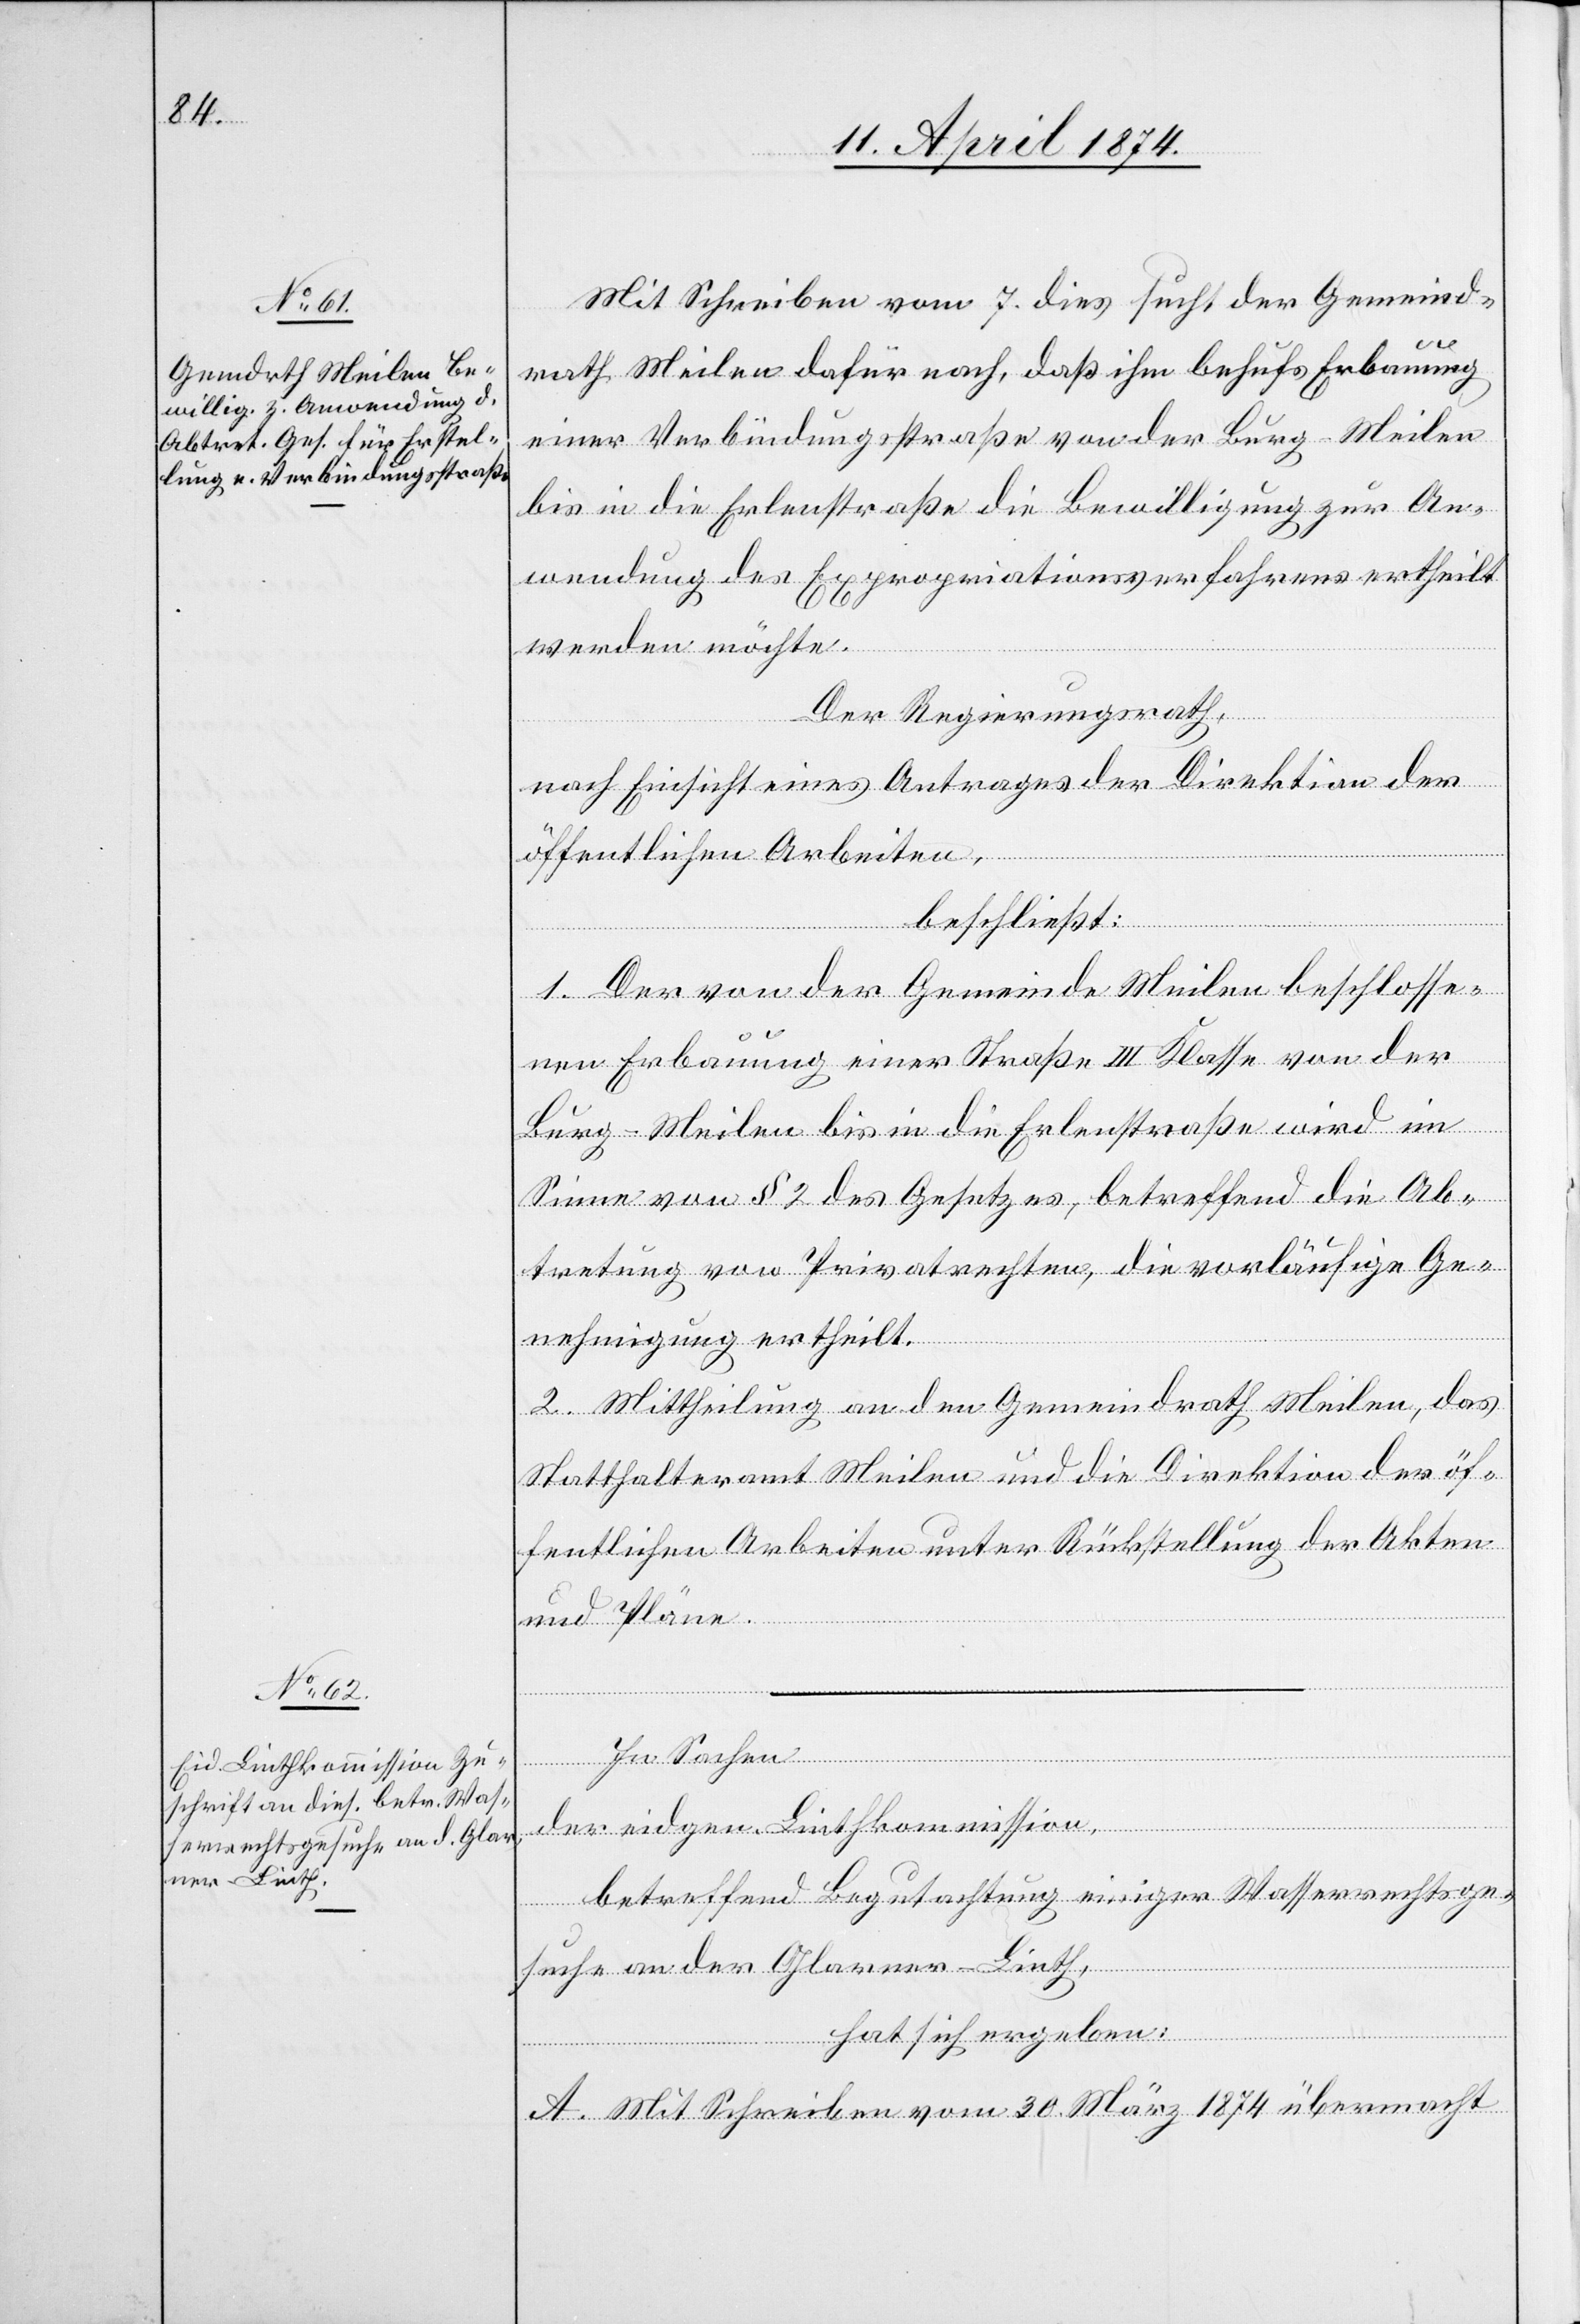
Mit Schreiben vom 7. dies sucht der Gemeind¬
rath Meilen dafür nach, daß ihm behufs Erbauung
einer Verbindungsstraße von der Burg-Meilen
bis in die Erlenstraße die Bewilligung zur An¬
wendung des Expropriationsverfahrens ertheilt
werden möchte.
Der Regierungsrath,
In
nach Einsicht eines Antrages der Direktion der
öffentlichen Arbeiten,
beschließt:
1. Der von der Gemeinde Meilen beschlosse¬
nen Erbauung einer Straße III. Klasse von der
Burg-Meilen bis in die Erlenstraße wird im
Sinne von § 2 des Gesetzes, betreffend die Ab¬
tretung von Privatrechten, die vorläufige Ge¬
nehmigung ertheilt.
2. Mittheilung an den Gemeindrath Meilen, das
Statthalteramt Meilen und die Direktion der öf¬
fentlichen Arbeiten unter Rückstellung der Akten
und Pläne.
der eidgen. Linthkommission,
betreffend Begutachtung einiger Wasserrechtsge¬
suche an der Glarner-Linth,
hat sich ergeben:
A. Mit Schreiben vom 30. März 1874 übermacht